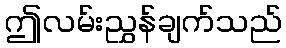
ဤလမ်းညွှန်ချက်သည်